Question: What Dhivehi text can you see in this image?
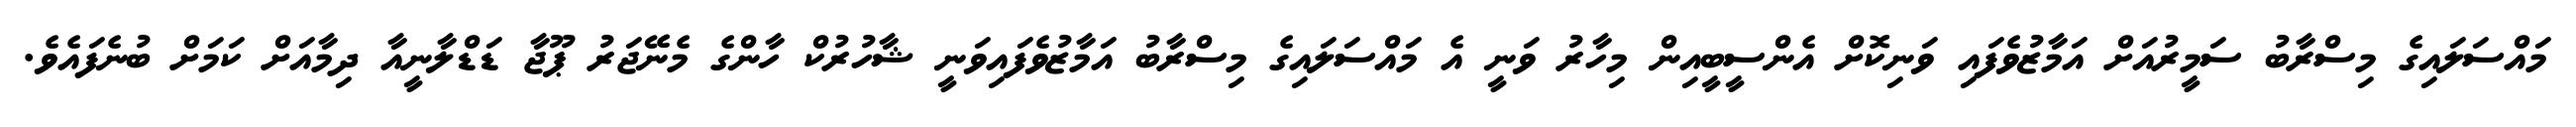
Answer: މައްސަލައިގެ މިސްރާބު ސަމީރުއަށް އަމާޒުވެފައި ވަނިކޮށް އެންސީބީއިން މިހާރު ވަނީ އެ މައްސަލައިގެ މިސްރާބު އަމާޒުވެފައިވަނީ ޝާހުރުކް ހާންގެ މެނޭޖަރު ޕޫޖާ ޑަޑްލާނީއާ ދިމާއަށް ކަމަށް ބުނެފައެވެ.